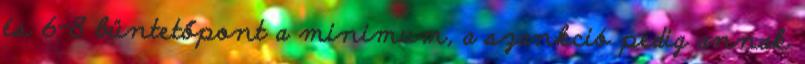
és 6-8 büntetőpont a minimum, a szankció pedig annak